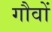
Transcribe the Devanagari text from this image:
गौवों